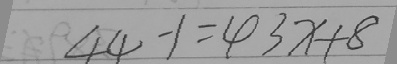
4 4 - 1 = 4 3 x + 8